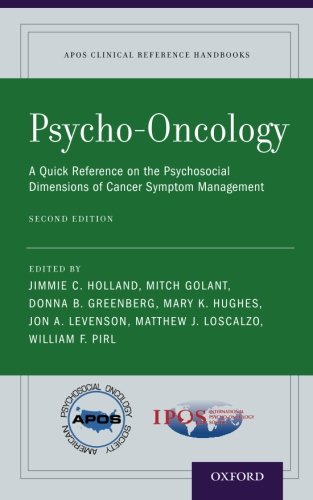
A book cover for Psycho-Oncology: A Quick Reference on the Psychosocial Dimensions of Cancer Symptom Management (APOS Clinical Reference Handbooks); Self-Help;